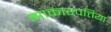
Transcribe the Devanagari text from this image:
झाकारपत्तिया